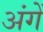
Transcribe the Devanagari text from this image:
अंगें